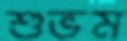
শুভম